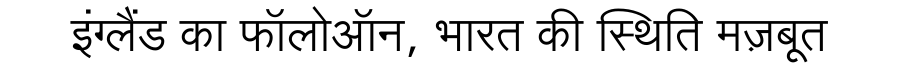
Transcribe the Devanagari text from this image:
इंग्लैंड का फॉलोऑन, भारत की स्थिति मज़बूत